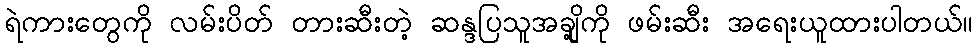
ရဲကားတွေကို လမ်းပိတ် တားဆီးတဲ့ ဆန္ဒပြသူအချို့ကို ဖမ်းဆီး အရေးယူထားပါတယ်။